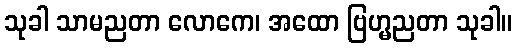
သုခါ သာမညတာ လောကေ၊ အထော ဗြဟ္မညတာ သုခါ။